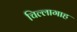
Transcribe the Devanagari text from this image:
चिल्लागाह